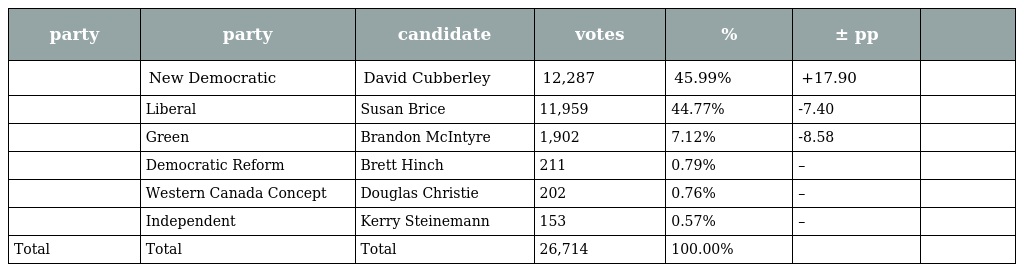
| party | party | candidate | votes | % | ± pp |  |
 | --- | --- | --- | --- | --- | --- | --- |
 |  | New Democratic | David Cubberley | 12,287 | 45.99% | +17.90 |  |
 |  | Liberal | Susan Brice | 11,959 | 44.77% | -7.40 |  |
 |  | Green | Brandon McIntyre | 1,902 | 7.12% | -8.58 |  |
 |  | Democratic Reform | Brett Hinch | 211 | 0.79% | – |  |
 |  | Western Canada Concept | Douglas Christie | 202 | 0.76% | – |  |
 |  | Independent | Kerry Steinemann | 153 | 0.57% | – |  |
 | Total | Total | Total | 26,714 | 100.00% |  |  |